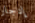
إدجار